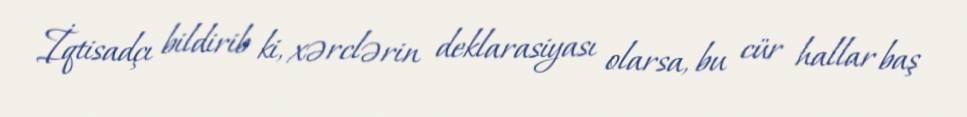
İqtisadçı bildirib ki, xərclərin deklarasiyası olarsa, bu cür hallar baş